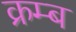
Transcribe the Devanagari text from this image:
क्रम्ब